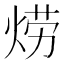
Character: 𱫊